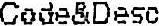
CODE&DESC